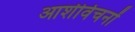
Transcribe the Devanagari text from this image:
आशीर्वचनों